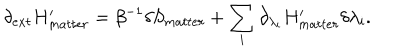
\delta _ { e x t } H _ { m a t t e r } ^ { \prime } = \beta ^ { - 1 } \delta S _ { m a t t e r } + \sum _ { i } \partial _ { \lambda _ { i } } H _ { m a t t e r } ^ { \prime } \delta \lambda _ { i } .